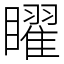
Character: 矅